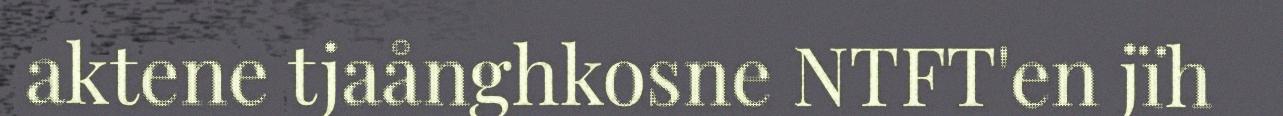
aktene tjaånghkosne NTFT'en jïh